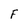
Character: F